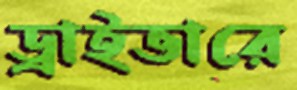
ড্রাইভারে